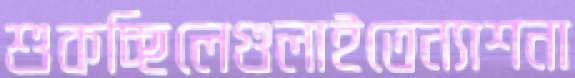
শুকচ্ছিলেগুলাইতেন্যাশনা